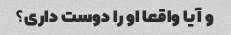
و آیا واقعا او را دوست داری؟